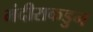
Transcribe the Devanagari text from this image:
मंदीराकडुन